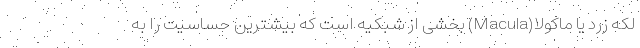
لکه زرد یا ماکولا(Macula) بخشی از شبکیه است که بیشترین حساسیت را به